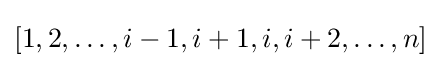
[1,2,\ldots ,i-1,i+1,i,i+2,\ldots ,n]